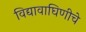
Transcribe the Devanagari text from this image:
विद्यावाघिणीचे